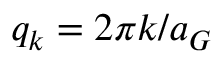
q _ { k } = 2 \pi k / a _ { G }